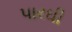
પારઘી